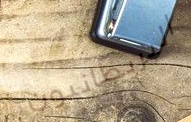
البريطانيون